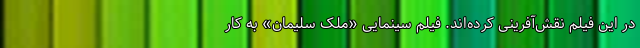
در این فیلم نقش‌آفرینی کرده‌اند. فیلم سینمایی «ملک سلیمان» به کار